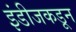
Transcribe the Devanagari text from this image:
इंडीजकडून